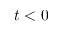
t < 0